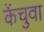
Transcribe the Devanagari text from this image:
केंचुवा